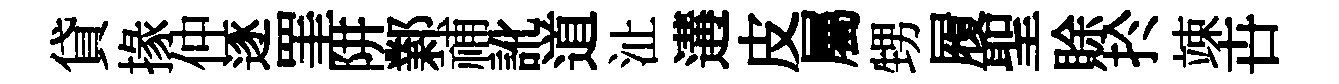
貸掾仲逐罣阱鄴𥙷訛道沚遘皮屬甥履聖賖扵竦卋